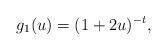
LaTeX: \begin{align*} g_{1}(u)=(1+2u)^{-t}, \end{align*}